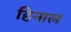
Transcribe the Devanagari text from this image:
हिनाल